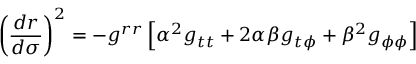
\left( \frac { d r } { d \sigma } \right) ^ { 2 } = - g ^ { r r } \left[ \alpha ^ { 2 } g _ { t t } + 2 \alpha \beta g _ { t \phi } + \beta ^ { 2 } g _ { \phi \phi } \right]